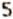
5